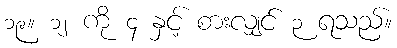
၁၉။ ၁၂ ကို ၄ နှင့် စားလျှင် ၃ ရသည်။